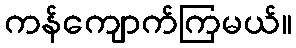
ကန်ကျောက်ကြမယ်။